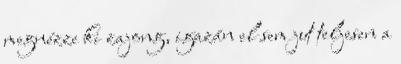
megnézze ki zajong, igazán el sem jut teljesen a